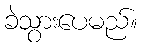
ခဲသွားပေမည်။